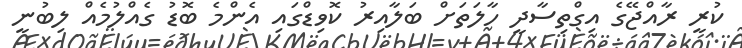
ކުރީ ރާއްޖޭގެ އިގްތިސާދީ ހާލަތަށް ބަލާއިރު ކޮވިޑްގައި އެންމެ ބޮޑު ގެއްލުމެއް ލިބުނީ